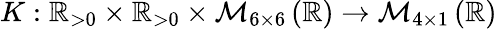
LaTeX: K:\mathbb{R}_{>0}\times\mathbb{R}_{>0}\times\mathcal{M}_{6\times 6}\left(\mathbb{R}\right)\to\mathcal{M}_{4\times 1}\left(\mathbb{R}\right)